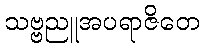
သဗ္ဗညူအပရာဇိတေ